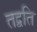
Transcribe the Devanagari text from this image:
तद्वति